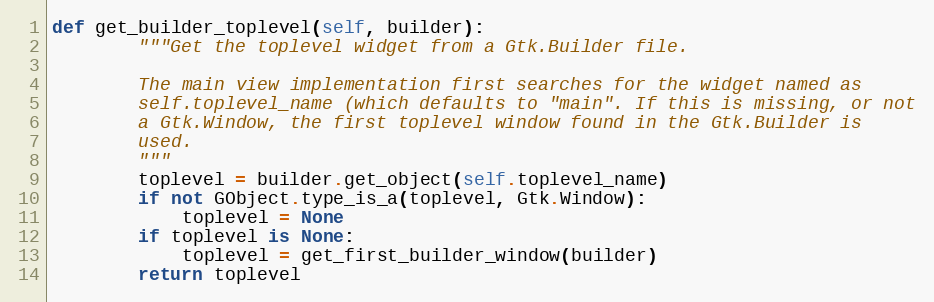
Language: Python
def get_builder_toplevel(self, builder):
        """Get the toplevel widget from a Gtk.Builder file.

        The main view implementation first searches for the widget named as
        self.toplevel_name (which defaults to "main". If this is missing, or not
        a Gtk.Window, the first toplevel window found in the Gtk.Builder is
        used.
        """
        toplevel = builder.get_object(self.toplevel_name)
        if not GObject.type_is_a(toplevel, Gtk.Window):
            toplevel = None
        if toplevel is None:
            toplevel = get_first_builder_window(builder)
        return toplevel